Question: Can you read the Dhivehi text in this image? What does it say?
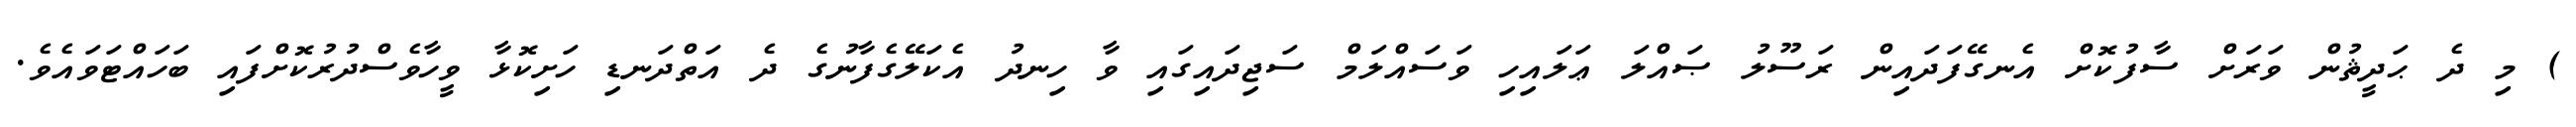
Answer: ) މި ދެ ޙަދީޘުން ވަރަށް ސާފުކޮށް އެނގޭފަދައިން ރަސޫލު ޞައްލަ ޢަލައިހި ވަސައްލަމް ސަޖިދައިގައި ވާ ހިނދު އެކަލޭގެފާނުގެ ދެ އަތްދަނޑި ހަށިކޮޅާ ވީހާވެސްދުރުކޮށްފައި ބަހައްޓަވައެވެ.